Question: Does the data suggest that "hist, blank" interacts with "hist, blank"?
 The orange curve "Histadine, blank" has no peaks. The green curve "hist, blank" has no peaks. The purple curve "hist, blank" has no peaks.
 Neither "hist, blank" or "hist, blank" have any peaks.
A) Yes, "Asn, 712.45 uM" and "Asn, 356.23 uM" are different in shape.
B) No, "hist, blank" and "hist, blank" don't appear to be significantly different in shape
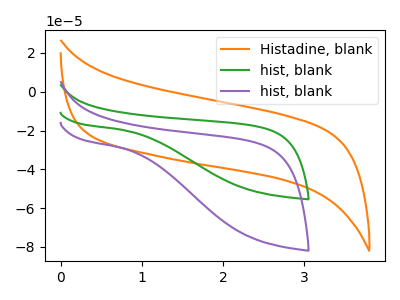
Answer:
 <answer>B) No, "hist, blank" and "hist, blank" don't appear to be significantly different in shape</answer>
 <eval>B</eval>